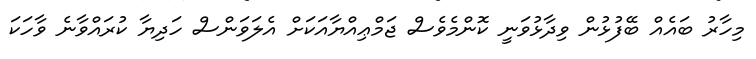
މިހާރު ބައެއް ބޭފުޅުން ވިދާޅުވަނީ ކޮންމެވެސް ޖަމްޢިއްޔާއަކަށް އެލަވަންސް ހަދިޔާ ކުރައްވާނެ ވާހަކަ